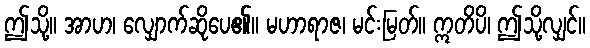
ဤသို့။ အာဟ၊ လျှောက်ဆိုပေ၏။ မဟာရာဇ၊ မင်းမြတ်။ ဣတိပိ၊ ဤသို့လျှင်။